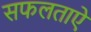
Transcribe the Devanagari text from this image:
सफलताऐं